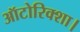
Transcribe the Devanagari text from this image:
ऑटोरिक्शा।